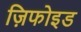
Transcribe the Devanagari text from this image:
ज़िफोइड